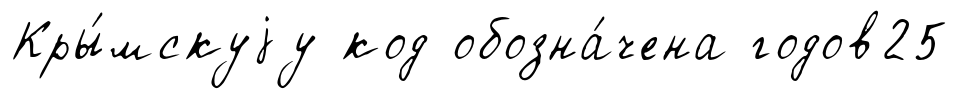
Кры́мскуjу код обозна́чена годов25